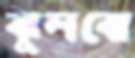
ঝুলবো